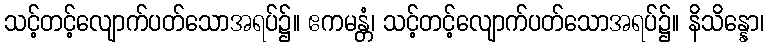
သင့်တင့်လျောက်ပတ်သောအရပ်၌။ ဧကမန္တံ၊ သင့်တင့်လျောက်ပတ်သောအရပ်၌။ နိသိန္နော၊